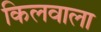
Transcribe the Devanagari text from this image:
किलवाला